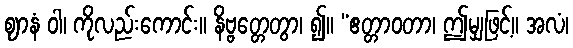
ဈာနံ ဝါ၊ ကိုလည်းကောင်း။ နိဗ္ဗတ္တေတွာ၊ ၍။ “ဧတ္တာဝတာ၊ ဤမျှဖြင့်။ အလံ၊